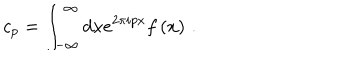
LaTeX: c _ { p } = \int _ { - \infty } ^ { \infty } d x e ^ { 2 \pi i p x } f \left( x \right) \, .